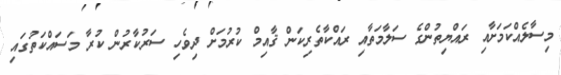
މިސާލެއްކަމަށާއި ރައްޔިތުންގެ ސަލާމަތާއި ރައްކާތެރިކަން ޤާއިމް ކުރުމަށް ދިވެހި ސަރުކާރުން ކުރާ މަަސައްކަތުގައި